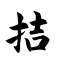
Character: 拮